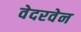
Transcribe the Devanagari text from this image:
वेदरवेन